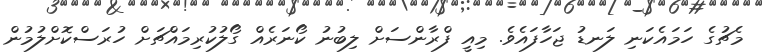
މެޗުގެ ހަމައެކަނި ލަނޑު ޖަހާފައެވެ. މިއީ ފްރާންސަށް ލިބުނު ކޯނަރެއް ގޯލުކުރިމައްޗަށް ހުރަސްކޮށްލުމުން